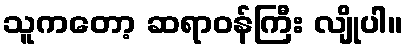
သူကတော့ ဆရာဝန်ကြီး လျိုပါ။